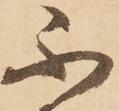
不